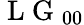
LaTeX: \mathrm{~L~G~}_{00}